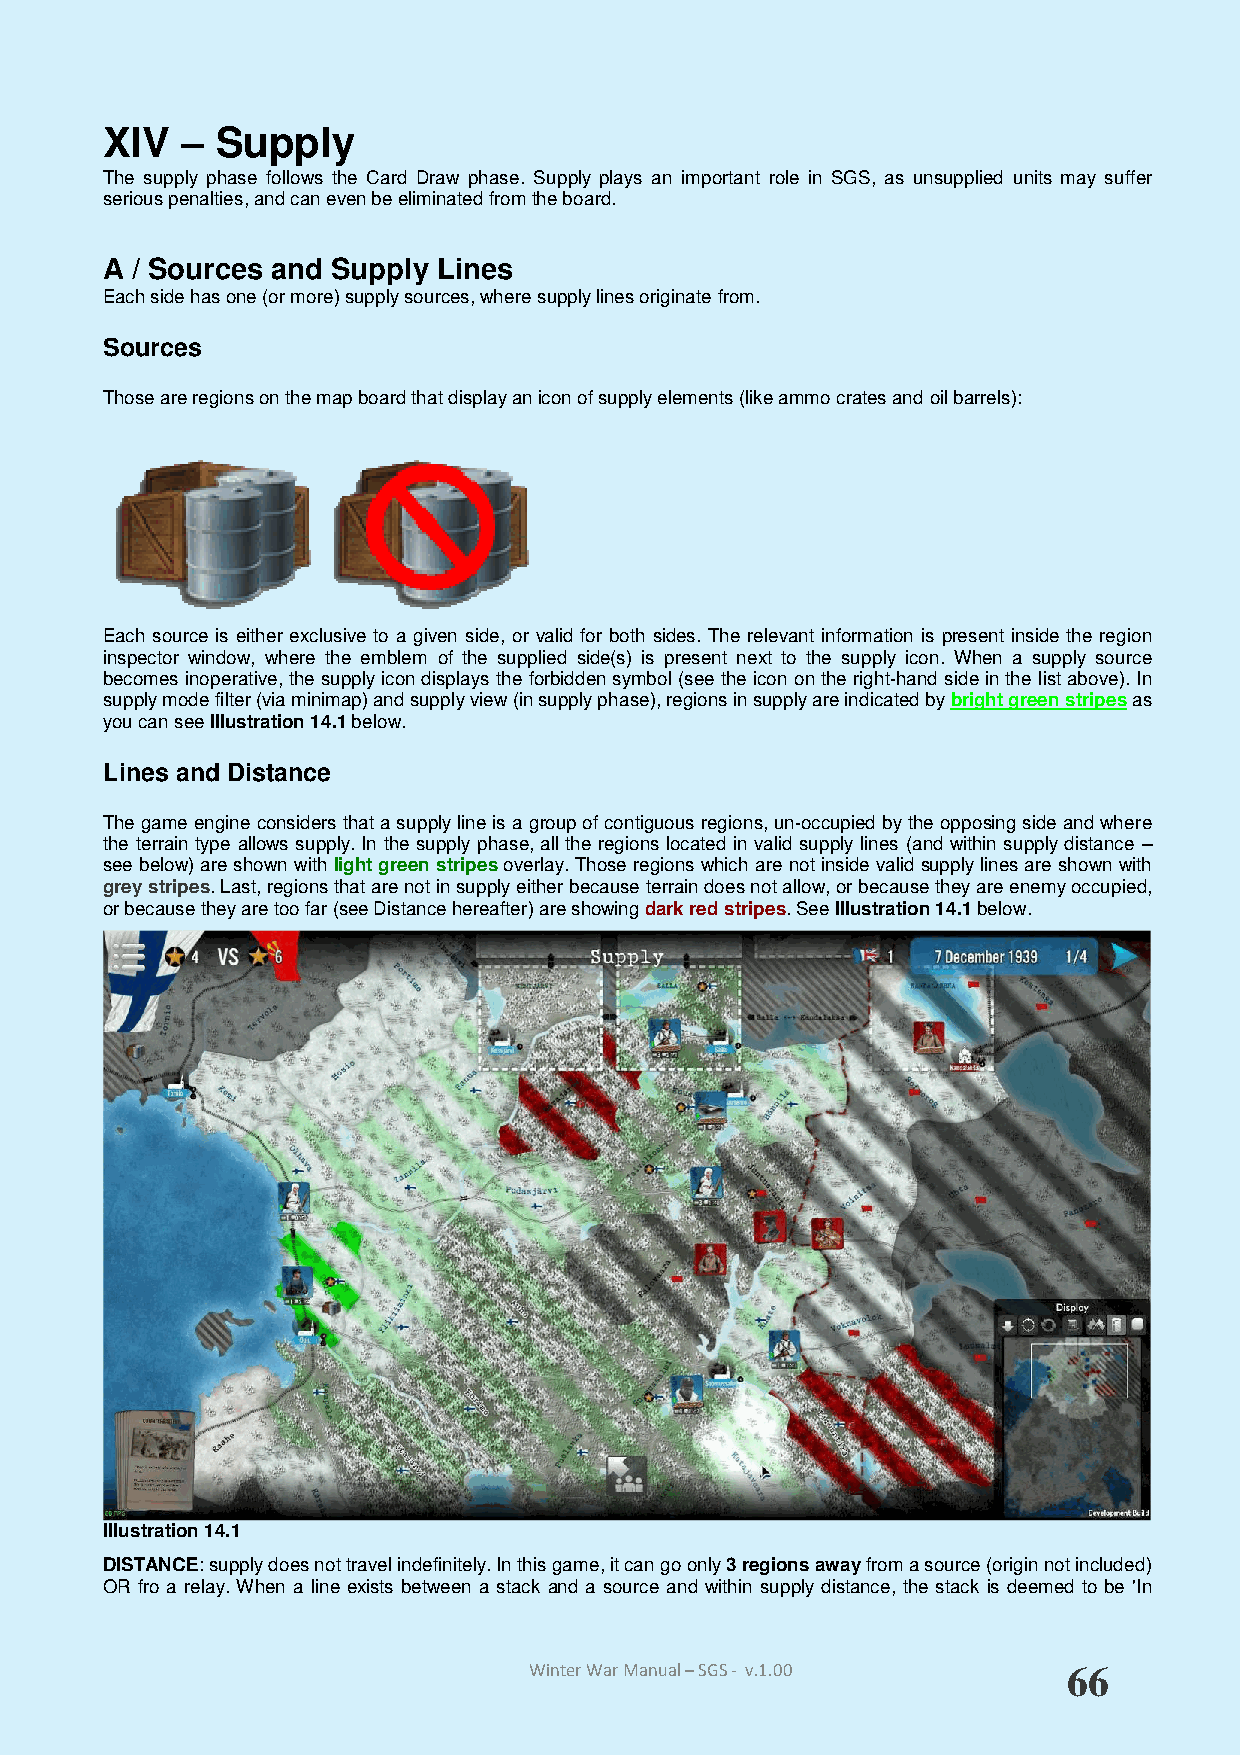
XIV  – Supply
 The supply phase follows the Card Draw phase. Supply plays an important role in SGS, as unsupplied units may suffer
 serious penalties, and can even be eliminated from the board.
 A / Sources and Supply Lines
 Each side has one (or more) supply sources, where supply lines originate from.
 Sources
 Those are regions on the map board that display an icon of supply elements (like ammo crates and oil barrels):
 Each source is either exclusive to a given side, or valid for both sides. The relevant information is present inside the region
 inspector window, where the emblem of the supplied side(s) is present next to the supply icon. When a supply source
 becomes inoperative, the supply icon displays the forbidden symbol (see the icon on the right-hand side in the list above). In
 supply mode filter (via minimap) and supply view (in supply phase), regions in supply are indicated by bright green stripes as
 you can see Illustration 14.1 below.
 Lines and Distance
 The game engine considers that a supply line is a group of contiguous regions, un-occupied by the opposing side and where
 the terrain type allows supply. In the supply phase, all the regions located in valid supply lines (and within supply distance –
 see below) are shown with light green stripes overlay. Those regions which are not inside valid supply lines are shown with
 grey stripes. Last, regions that are not in supply either because terrain does not allow, or because they are enemy occupied,
 or because they are too far (see Distance hereafter) are showing dark red stripes. See Illustration 14.1 below.
 Illustration 14.1
 DISTANCE: supply does not travel indefinitely. In this game, it can go only 3 regions away from a source (origin not included)
 OR fro a relay. When a line exists between a stack and a source and within supply distance, the stack is deemed to be 'In
 Winter War Manual – SGS - v.1.00    66